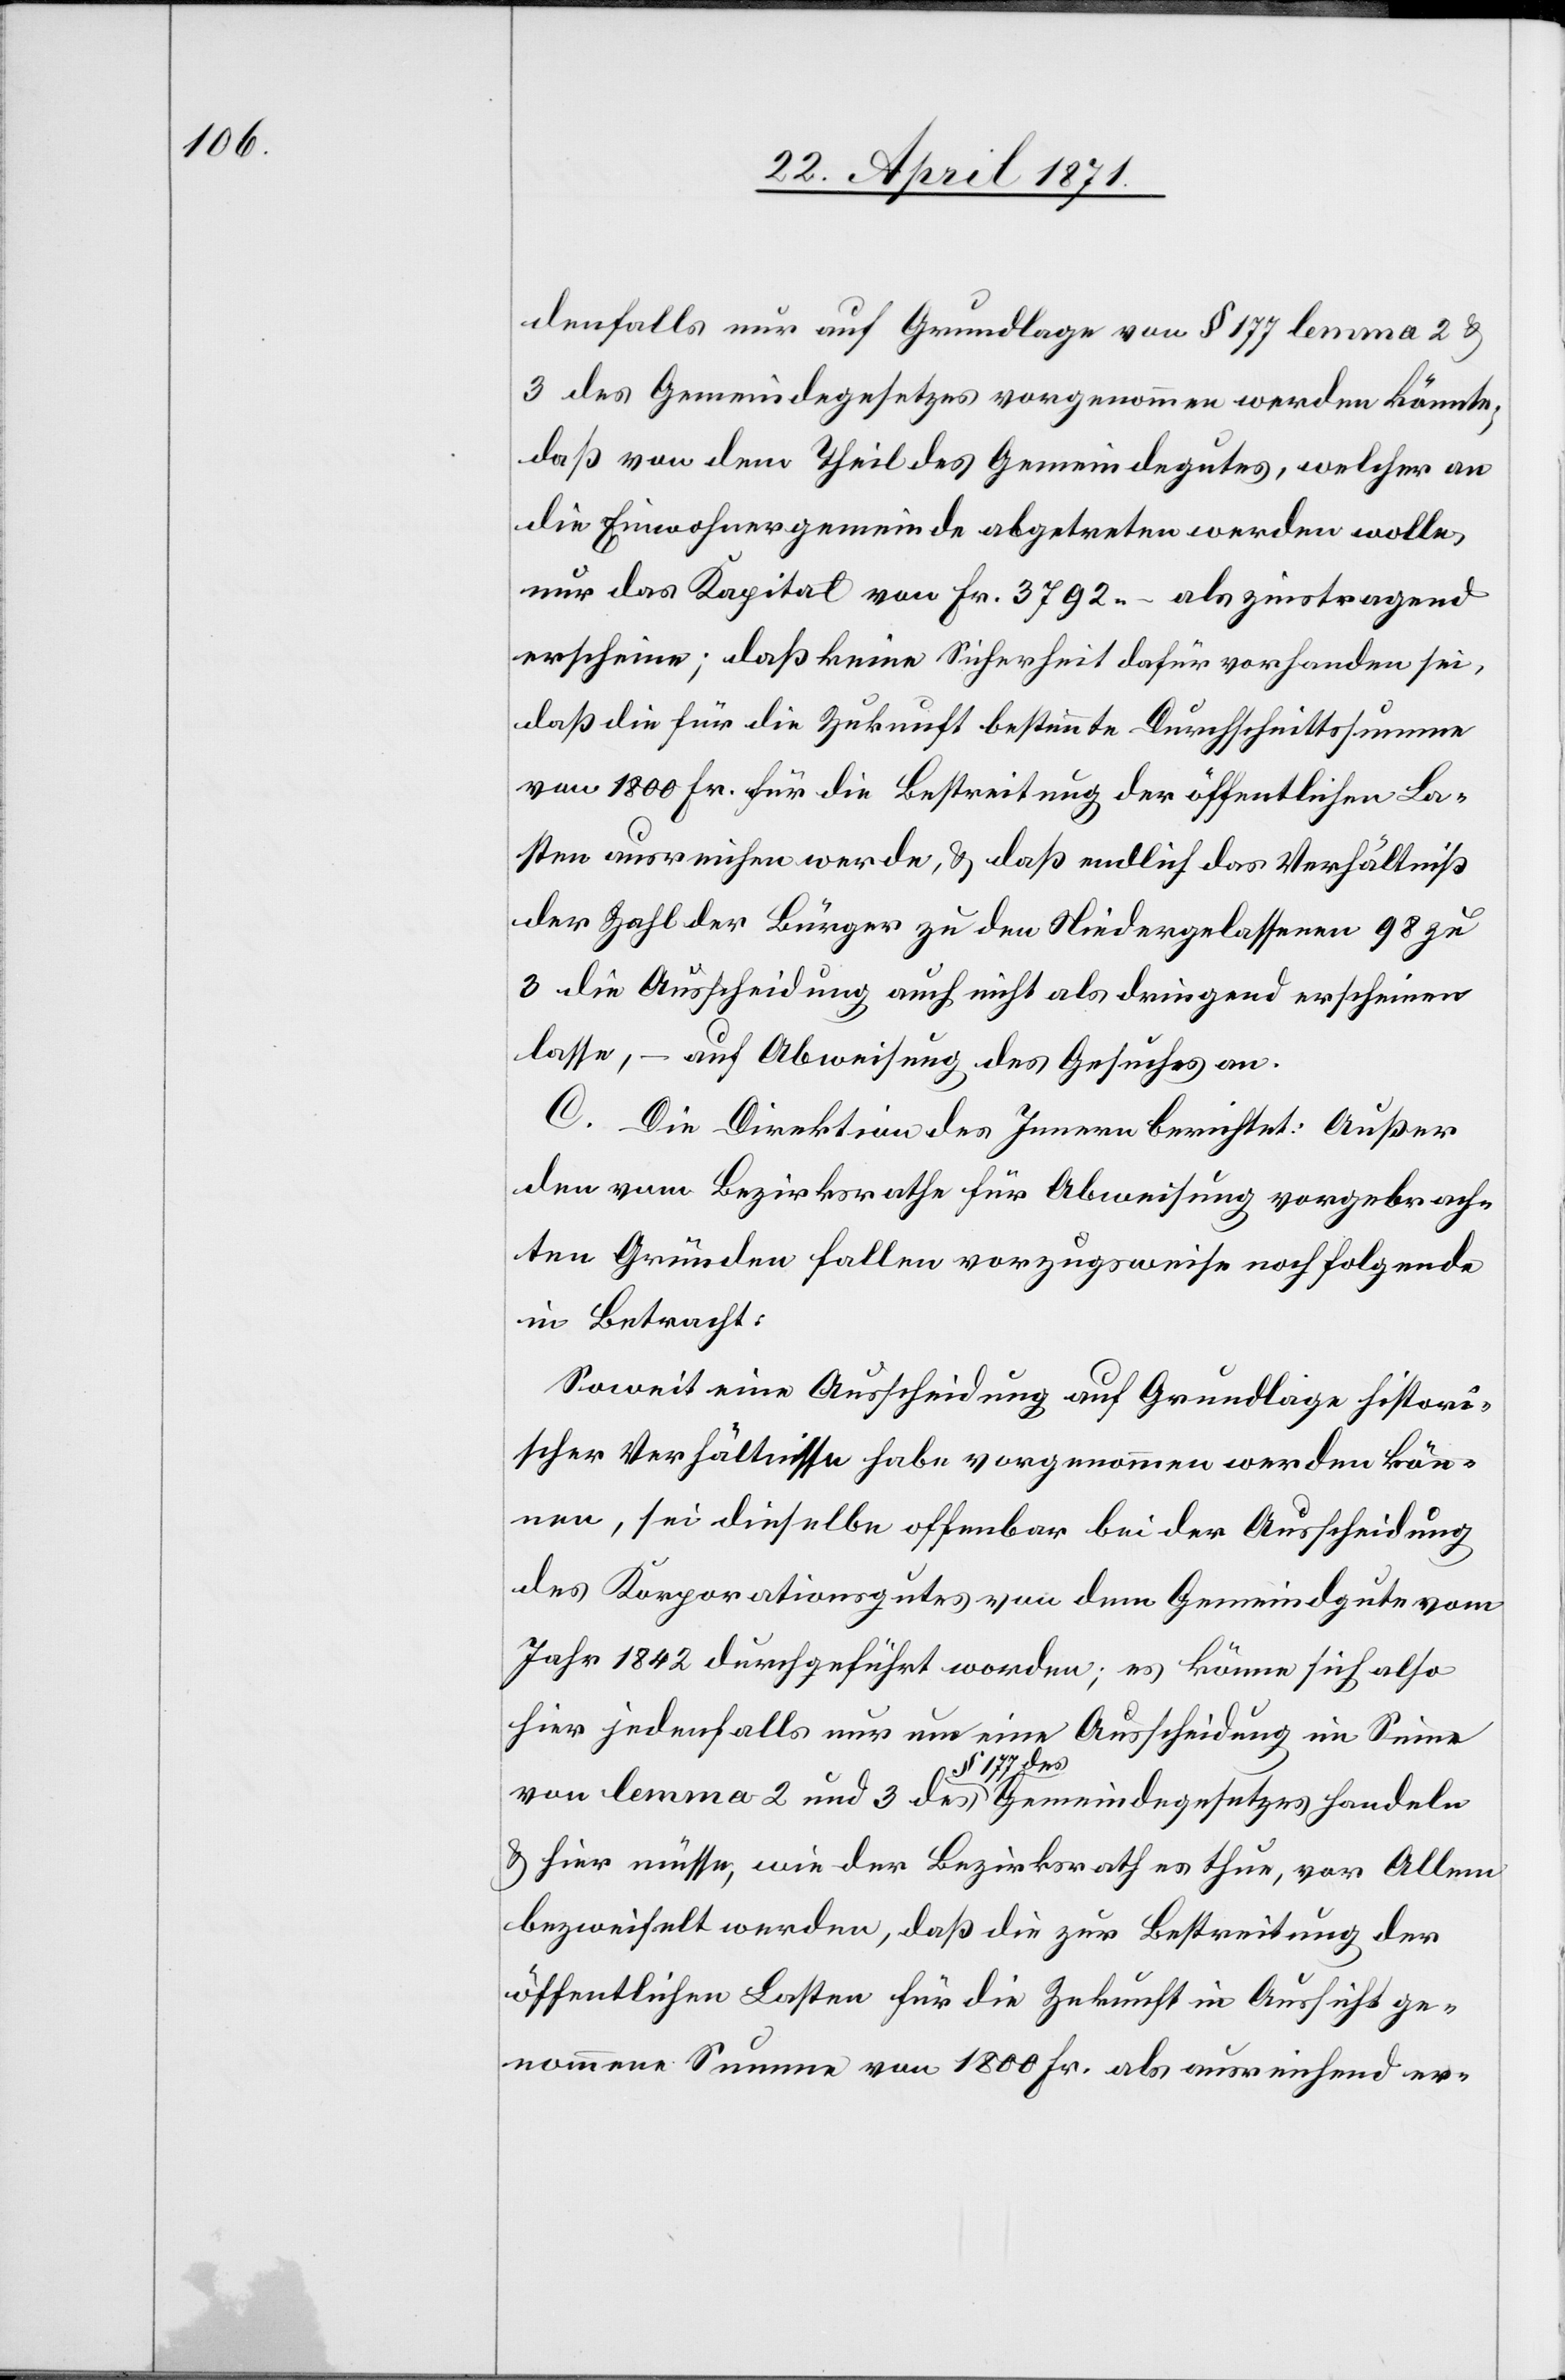
denfalls nur auf Grundlage von § 177 lemma 2 u.
3 des Gemeindegesetzes vorgenommen werden könnte;
daß von dem Theil des Gemeindegutes, welcher an
die Einwohnergemeinde abgetreten werden wolle,
nur das Kapital von Fr. 3792.– als zinstragend
erscheine; daß keine Sicherheit dafür vorhanden sei,
daß die für die Zukunft bestimmte Durchschnittssumme
von 1800 Fr. für die Bestreitung der öffentlichen La¬
sten ausreichen werde, u. daß endlich das Verhältniß
der Zahl der Bürger zu den Niedergelassenen 98 zu
3 die Ausscheidung auch nicht als dringend erscheinen
lasse, – auf Abweisung des Gesuches an.
C. Die Direktion des Innern berichtet: Außer
den vom Bezirksrathe für Abweisung vorgebrach¬
ten Gründen fallen vorzugsweise noch folgende
in Betracht:
Soweit eine Ausscheidung auf Grundlage histori¬
scher Verhältnisse habe vorgenommen werden kön¬
nen, sei dieselbe offenbar bei der Ausscheidung
des Korporationsgutes von dem Gemeindgute vom
Jahr 1842 durchgeführt worden; es könne sich also
hier jedenfalls nur um eine Ausscheidung im Sinne
des
§ 177
u. hier müsse, wie der Bezirksrath es thue, vor Allem
bezweifelt werden, daß die zur Bestreitung der
öffentlichen Lasten für die Zukunft in Aussicht ge¬
nommene Summe von 1800 Fr. als ausreichend er-